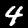
Digit: 4